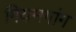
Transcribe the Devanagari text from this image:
गियमगांग